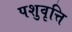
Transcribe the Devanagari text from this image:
पशुवृत्ति